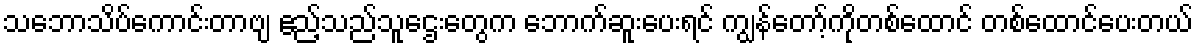
သဘောသိပ်ကောင်းတာဗျ ဧည့်သည်သူဌေးတွေက ဘောက်ဆူးပေးရင် ကျွန်တော့်ကိုတစ်ထောင် တစ်ထောင်ပေးတယ်